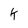
Character: K